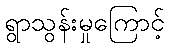
ရွာသွန်းမှုကြောင့်